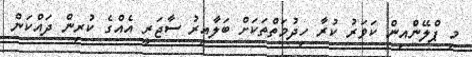
މި ޕްލޭންެއިން ކަވަރު ކުރާ ހިދުމަތްތަކަށް ބަލާއިރު ސާޖަރީ އެއްގެ ކުރިން ދައްކަން